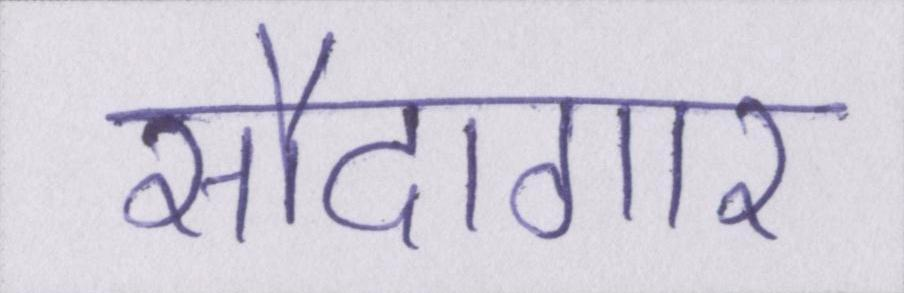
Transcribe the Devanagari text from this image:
सौदागार